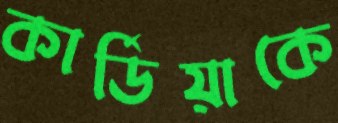
কার্ডিয়াকে